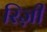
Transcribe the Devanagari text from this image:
रिज़ी